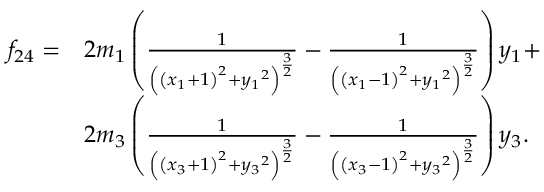
\begin{array} { l l } { f _ { 2 4 } = } & { 2 { m _ { 1 } } \left( \frac { 1 } { \left( \left( { x _ { 1 } } + 1 \right) ^ { 2 } + { y _ { 1 } } ^ { 2 } \right) ^ { \frac { 3 } { 2 } } } - \frac { 1 } { \left( \left( { x _ { 1 } } - 1 \right) ^ { 2 } + { y _ { 1 } } ^ { 2 } \right) ^ { \frac { 3 } { 2 } } } \right) { y _ { 1 } } + } \\ & { 2 { m _ { 3 } } \left( \frac { 1 } { \left( \left( { x _ { 3 } } + 1 \right) ^ { 2 } + { y _ { 3 } } ^ { 2 } \right) ^ { \frac { 3 } { 2 } } } - \frac { 1 } { \left( \left( { x _ { 3 } } - 1 \right) ^ { 2 } + { y _ { 3 } } ^ { 2 } \right) ^ { \frac { 3 } { 2 } } } \right) { y _ { 3 } } . } \end{array}